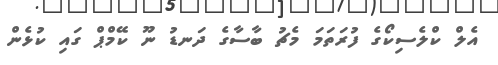
އެލް ކްލެސިކޯގެ ފުރަތަމަ މެޗު ބާސާގެ ދަނޑު ނޫ ކޭމްޕް ގައި ކުޅެން